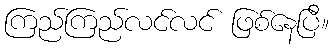
ကြည်ကြည်လင်လင် ဖြစ်နေပြီ။